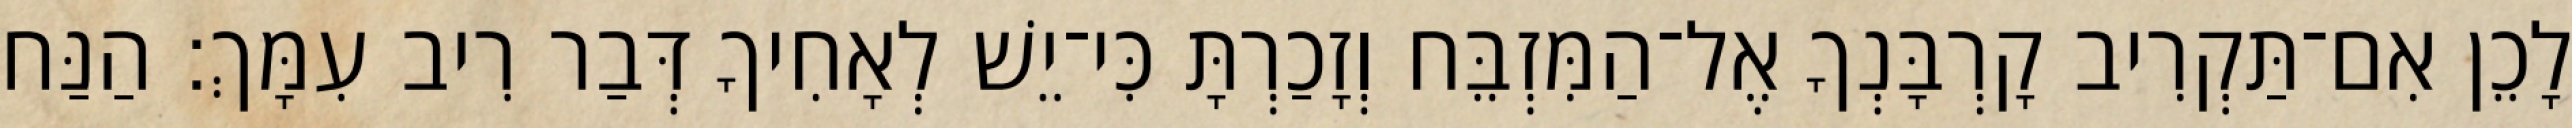
לָכֵן אִם־תַּקְרִיב קָרְבָּנְךָ אֶל־הַמִּזְבֵּח וְזָכַרְתָּ כִּי־יֵשׁ לְאָחִיךָ דְּבַר רִיב עִמָּךְ׃ הַנַּח